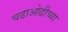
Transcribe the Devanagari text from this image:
चढाओढीच्या